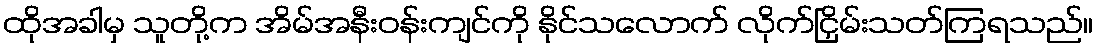
ထိုအခါမှ သူတို့က အိမ်အနီးဝန်းကျင်ကို နိုင်သလောက် လိုက်ငြှိမ်းသတ်ကြရသည်။